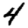
Digit: 4